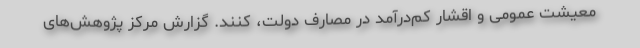
معیشت عمومی و اقشار کم‌درآمد در مصارف دولت، کنند. گزارش مرکز پژوهش‌های